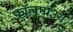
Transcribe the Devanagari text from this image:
फॉलमाउथ